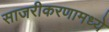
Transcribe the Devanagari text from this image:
साजरीकरणामध्ये